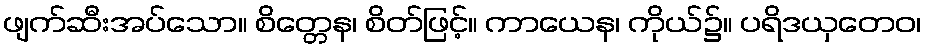
ဖျက်ဆီးအပ်သော။ စိတ္တေန၊ စိတ်ဖြင့်။ ကာယေန၊ ကိုယ်၌။ ပရိဒယှတေဝ၊